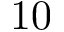
1 0